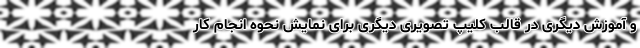
و آموزش دیگری در قالب کلیپ تصویری دیگری برای نمایش نحوه انجام کار